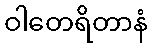
ဝါတေရိတာနံ